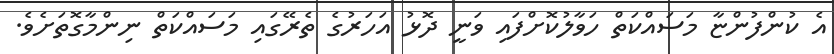
އެ ކުންފުންޏާ މަސައްކަތް ހަވާލުކޮށްފައި ވަނީ ދޮޅު އަހަރުގެ ތެރޭގައި މަސައްކަތް ނިންމާގޮތަށެވެ.